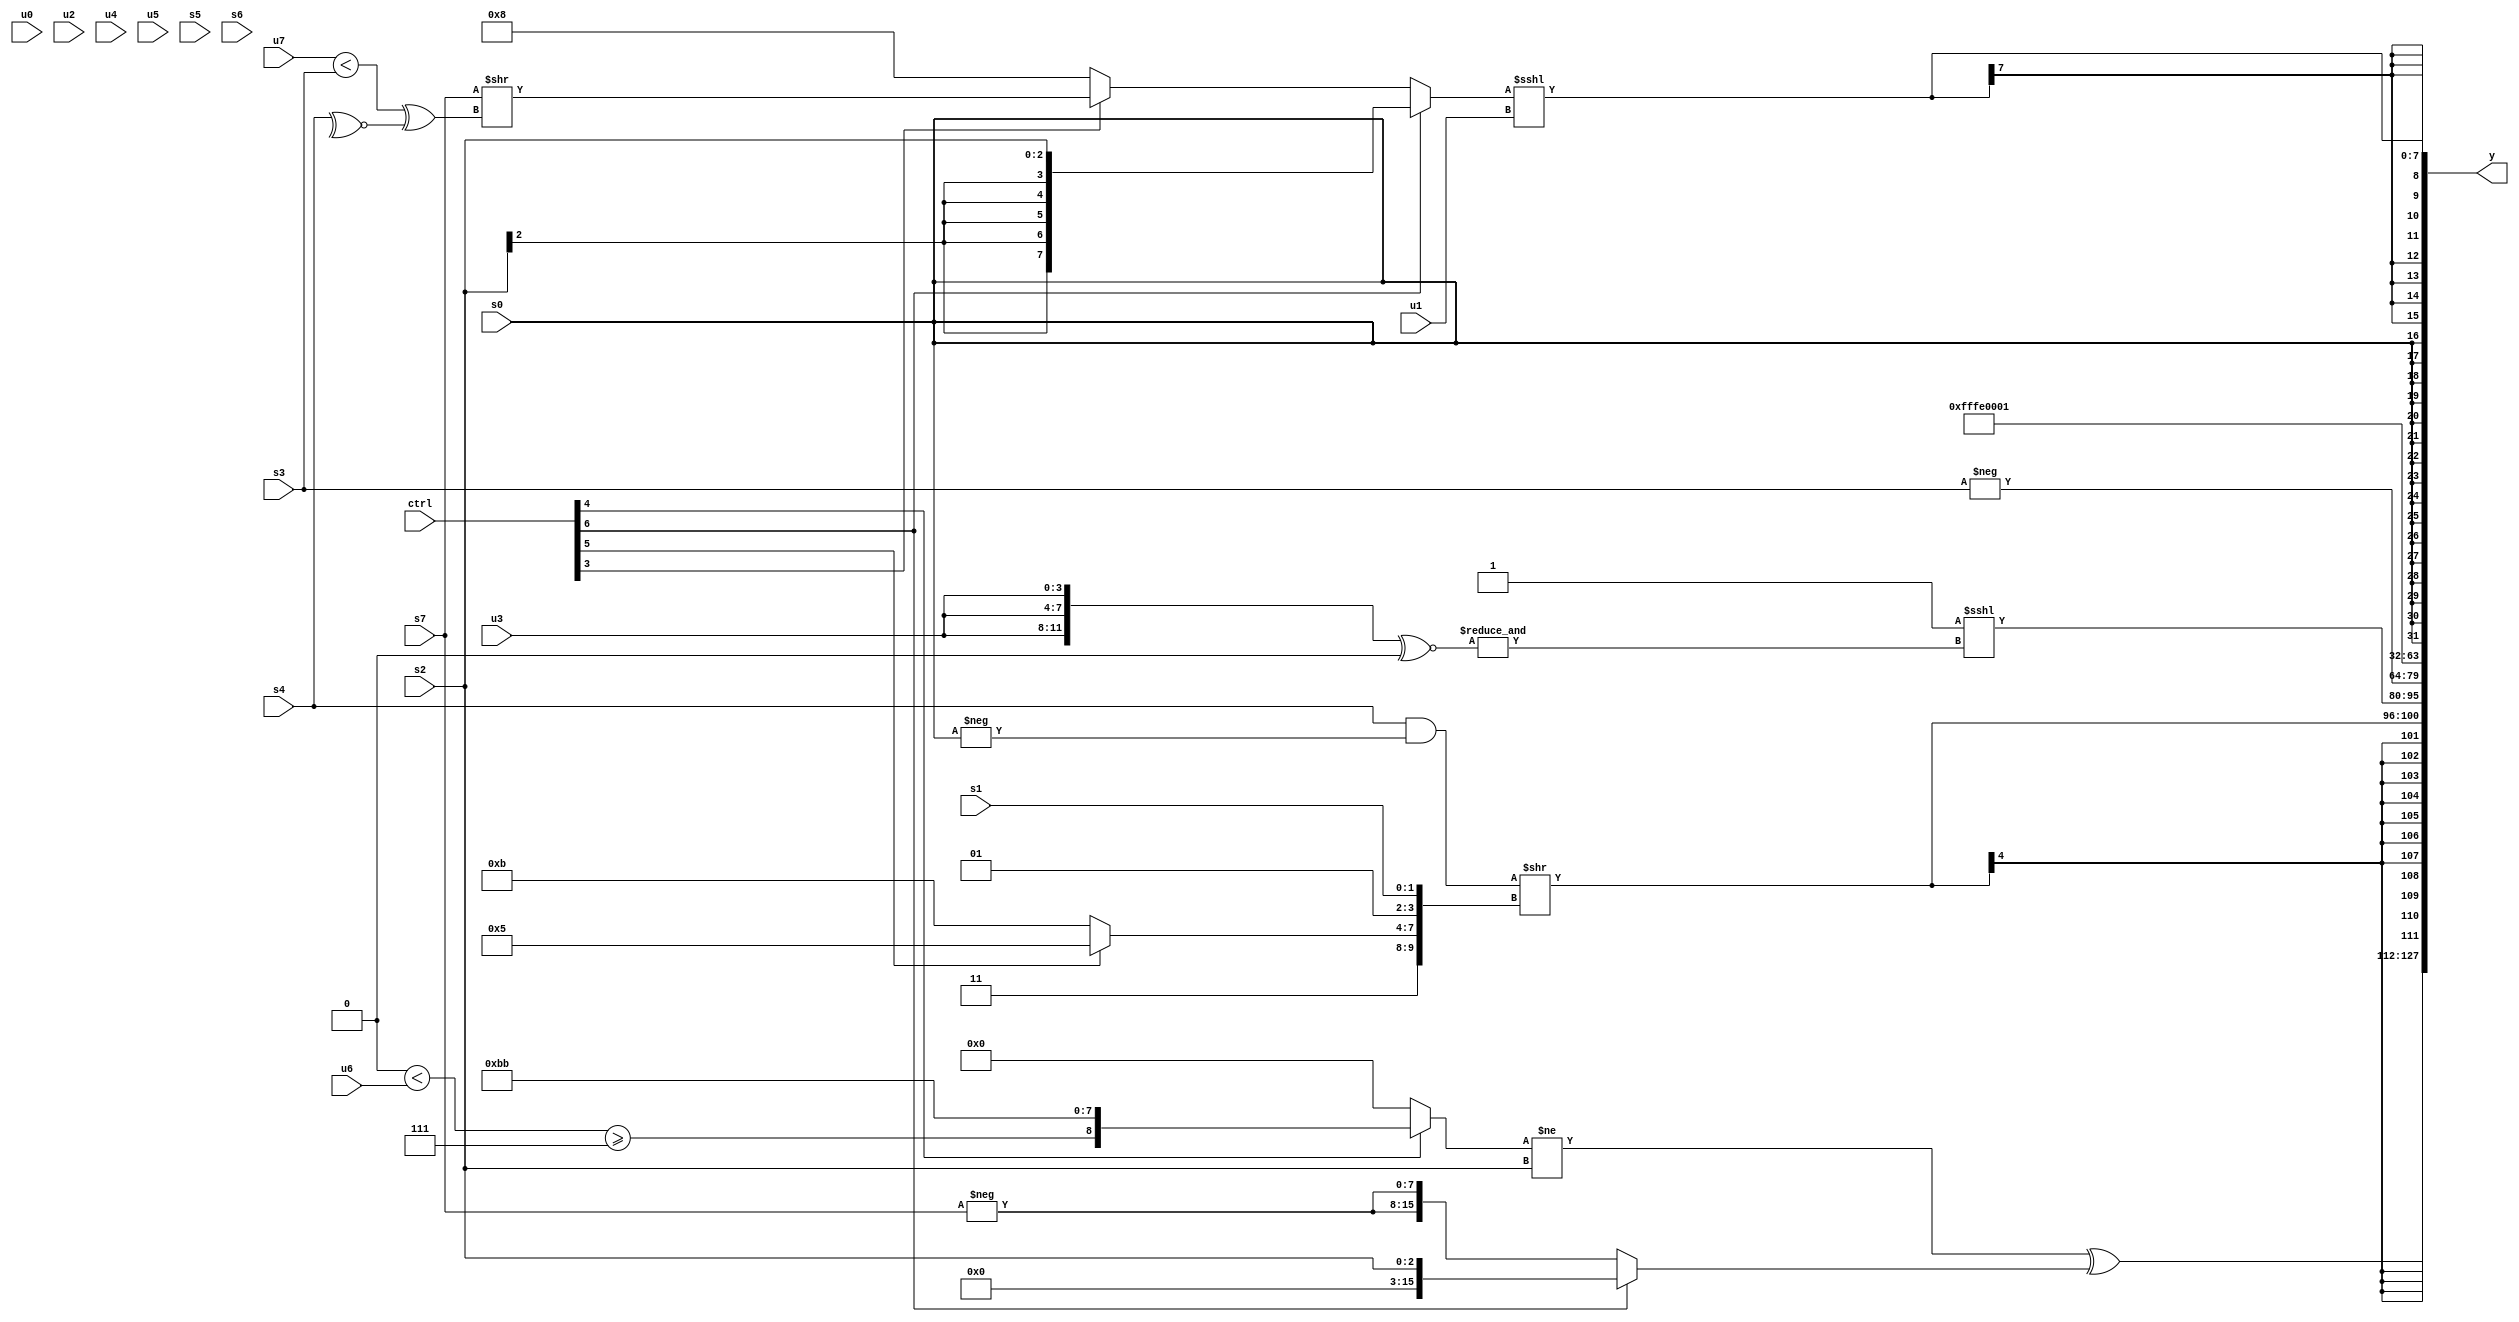
module wideexpr_00652(ctrl, u0, u1, u2, u3, u4, u5, u6, u7, s0, s1, s2, s3, s4, s5, s6, s7, y);
  input [7:0] ctrl;
  input [0:0] u0;
  input [1:0] u1;
  input [2:0] u2;
  input [3:0] u3;
  input [4:0] u4;
  input [5:0] u5;
  input [6:0] u6;
  input [7:0] u7;
  input signed [0:0] s0;
  input signed [1:0] s1;
  input signed [2:0] s2;
  input signed [3:0] s3;
  input signed [4:0] s4;
  input signed [5:0] s5;
  input signed [6:0] s6;
  input signed [7:0] s7;
  output [127:0] y;
  wire [15:0] y0;
  wire [15:0] y1;
  wire [15:0] y2;
  wire [15:0] y3;
  wire [15:0] y4;
  wire [15:0] y5;
  wire [15:0] y6;
  wire [15:0] y7;
  assign y = {y0,y1,y2,y3,y4,y5,y6,y7};
  assign y0 = (((ctrl[4]?{((2'sb00)<(u6))>=($unsigned(5'sb00111)),{2{4'sb1011}}}:2'b00))!=($unsigned(s2)))^((ctrl[6]?s2:{2{-(s7)}}));
  assign y1 = $signed(((s4)&(-(+(s0))))>>({$signed((3'b111)>>>(2'b01)),$unsigned((ctrl[5]?3'b101:4'sb1011)),2'sb01,$signed(s1)}));
  assign y2 = (1'sb1)<<<({&(({3{u3}})^~((3'sb111)<<(5'sb01111)))});
  assign y3 = -($signed(s3));
  assign y4 = 2'sb10;
  assign y5 = {|($signed(+(4'sb0111)))};
  assign y6 = $signed(s0);
  assign y7 = $signed(((ctrl[6]?s2:(ctrl[3]?(s7)>>(($signed((u7)<(s3)))^($signed(~^(s4)))):5'sb01000)))<<<(u1));
endmodule